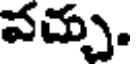
వచ్చు.